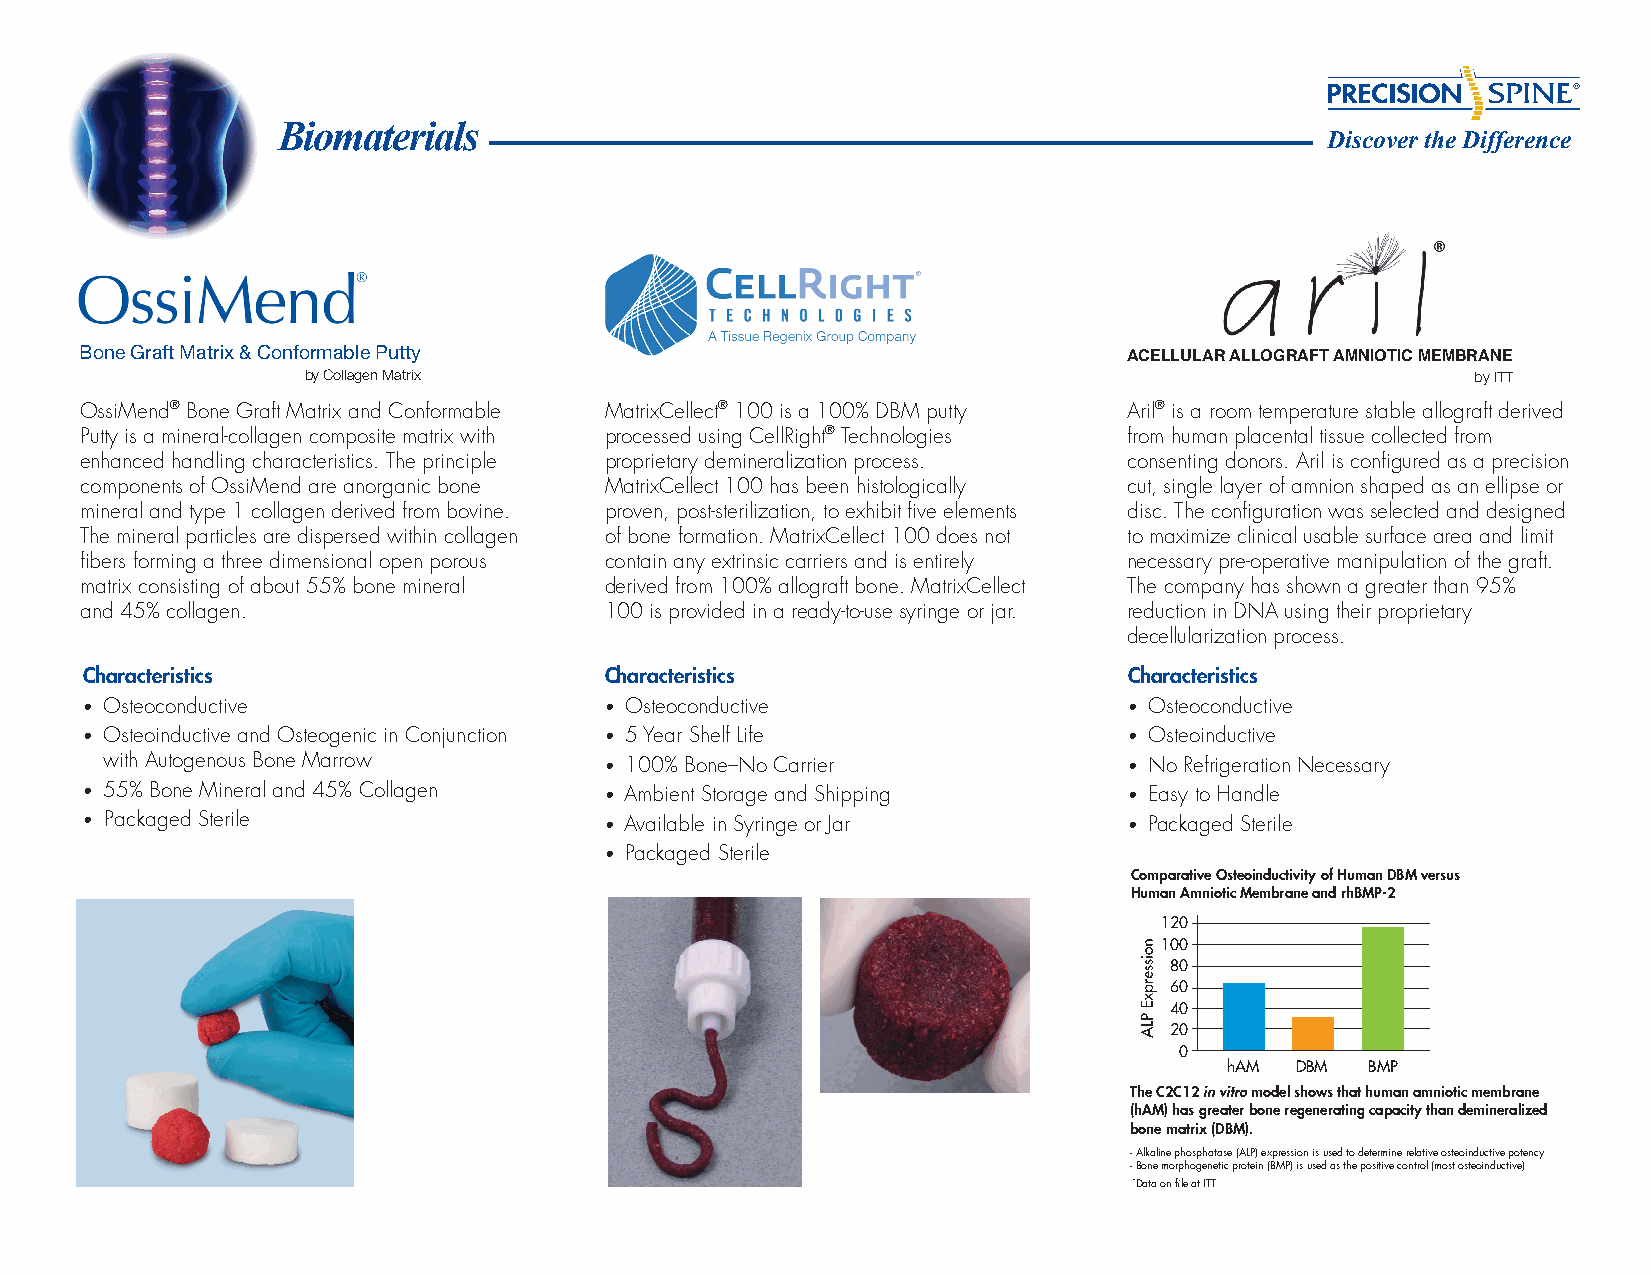
Biomaterials
 Discover the Difference
 Bone Graft Matrix & Conformable Putty
 ACELLULAR ALLOGRAFT AMNIOTIC MEMBRANE
 by Collagen Matrix                                                            by ITT
 OssiMend® Bone Graft Matrix and Conformable MatrixCellect® 100 is a 100% DBM putty Aril® is a room temperature stable allograft derived
 Putty is a mineral-collagen composite matrix with processed using CellRight® Technologies from human placental tissue collected from
 enhanced handling characteristics. The principle proprietary demineralization process. consenting donors. Aril is configured as a precision
 components of OssiMend are anorganic bone MatrixCellect 100 has been histologically cut, single layer of amnion shaped as an ellipse or
 mineral and type 1 collagen derived from bovine. proven, post-sterilization, to exhibit five elements disc. The configuration was selected and designed
 The mineral particles are dispersed within collagen of bone formation. MatrixCellect 100 does not to maximize clinical usable surface area and limit
 fibers forming a three dimensional open porous contain any extrinsic carriers and is entirely necessary pre-operative manipulation of the graft.
 matrix consisting of about 55% bone mineral derived from 100% allograft bone. MatrixCellect The company has shown a greater than 95%
 and 45% collagen.                  100 is provided in a ready-to-use syringe or jar. reduction in DNA using their proprietary
 decellularization process.
 Characteristics                    Characteristics                    Characteristics
 • O steoconductive                 • Osteoconductive                  • Osteoconductive
 • O steoinductive and Osteogenic in Conjunction • 5 Year Shelf Life   • Osteoinductive
 with Autogenous Bone Marrow      • 100% Bone–No Carrier             • No Refrigeration Necessary
 • 55% Bone Mineral and 45% Collagen • Ambient Storage and Shipping    • Easy to Handle
 • Packaged Sterile                 • Available in Syringe or Jar      • Packaged Sterile
 • Packaged Sterile
 Comparative Osteoinductivity of Human DBM versus
 Human Amniotic Membrane and rhBMP-2
 120
 100
 80
 60
 40
 20
 0
 hAM  DBM  BMP
 The C2C12 in vitro model shows that human amniotic membrane
 (hAM) has greater bone regenerating capacity than demineralized
 bone matrix (DBM).
 - Alkaline phosphatase (ALP) expression is used to determine relative osteoinductive potency
 - Bone morphogenetic protein (BMP) is used as the positive control (most osteoinductive)
 *Data on file at ITT